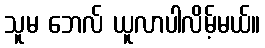
သူမ ဘေလ် ယူလာပါလိမ့်မယ်။